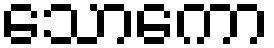
သောကော